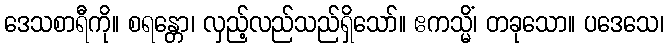
ဒေသစာရီကို။ စရန္တော၊ လှည့်လည်သည်ရှိသော်။ ဧကသ္မိံ၊ တခုသော။ ပဒေသေ၊